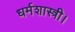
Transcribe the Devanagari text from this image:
धर्मशास्त्री।